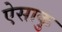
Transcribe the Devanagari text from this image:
ऐसाकु